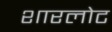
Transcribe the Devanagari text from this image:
शारलोट